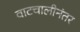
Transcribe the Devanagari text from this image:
वाटचालीनंतर